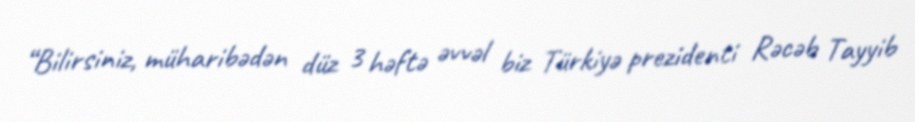
“Bilirsiniz, müharibədən düz 3 həftə əvvəl biz Türkiyə prezidenti Rəcəb Tayyib